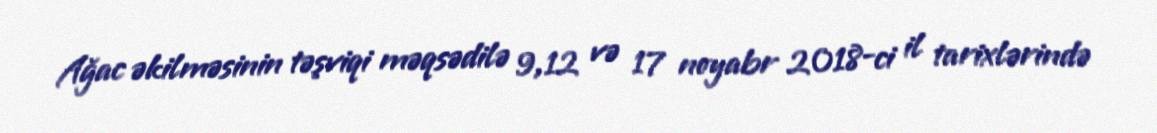
Ağac əkilməsinin təşviqi məqsədilə 9,12 və 17 noyabr 2018-ci il tarixlərində